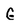
Character: G